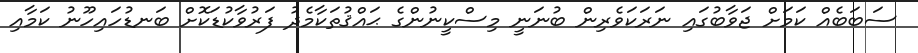
ސަބަބެއް ކަމަށް ޖަވާބުގައި ނަރަކަވެރިން ބުނަނީ މިސްކީނުންގެ ޙައްޤުތަކާމެދު ފަރުވާކުޑަކޮށް ބަނޑުހައިހޫނު ކަމާއި